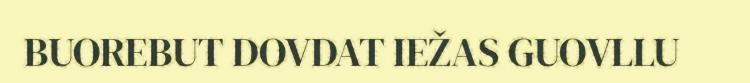
BUOREBUT DOVDAT IEŽAS GUOVLLU